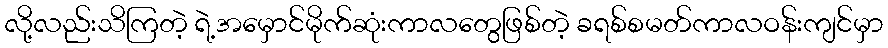
လို့လည်းသိကြတဲ့ ရဲ့အမှောင်မိုက်ဆုံးကာလတွေဖြစ်တဲ့ ခရစ်စမတ်ကာလဝန်းကျင်မှာ